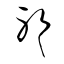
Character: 耶